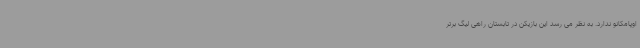
اوپامکانو ندارد. به نظر می رسد این بازیکن در تابستان راهی لیگ برتر